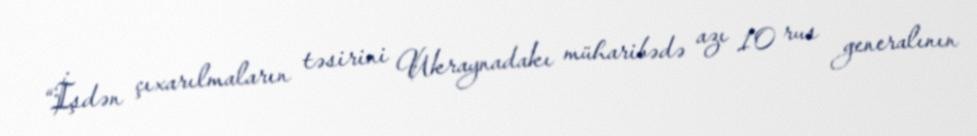
“İşdən çıxarılmaların təsirini Ukraynadakı müharibədə azı 10 rus generalının